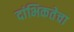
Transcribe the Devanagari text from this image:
दांभिकतेचा